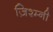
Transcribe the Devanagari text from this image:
ज़िश्म्नी